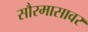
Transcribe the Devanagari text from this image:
सौरमासावर